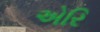
એરિ